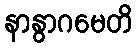
နာနွာဂမေတိ